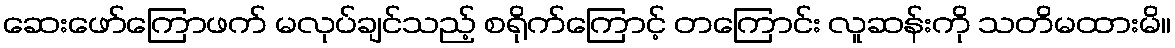
ဆေးဖော်ကြောဖက် မလုပ်ချင်သည့် စရိုက်ကြောင့် တကြောင်း လူဆန်းကို သတိမထားမိ။